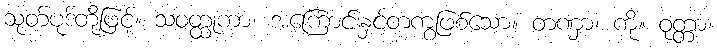
သုတ်ပုဒ်တို့ဖြင့်။ သဝတ္ထုကာ၊ အကြောင်းနှင့်တကွဖြစ်သော။ တဏှာ၊ ကို။ ဝုတ္တာ၊